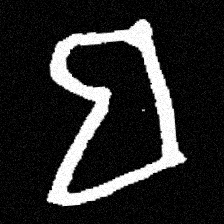
Pyu character \u2014 Myanmar letter: ဗ (romanized: ba)